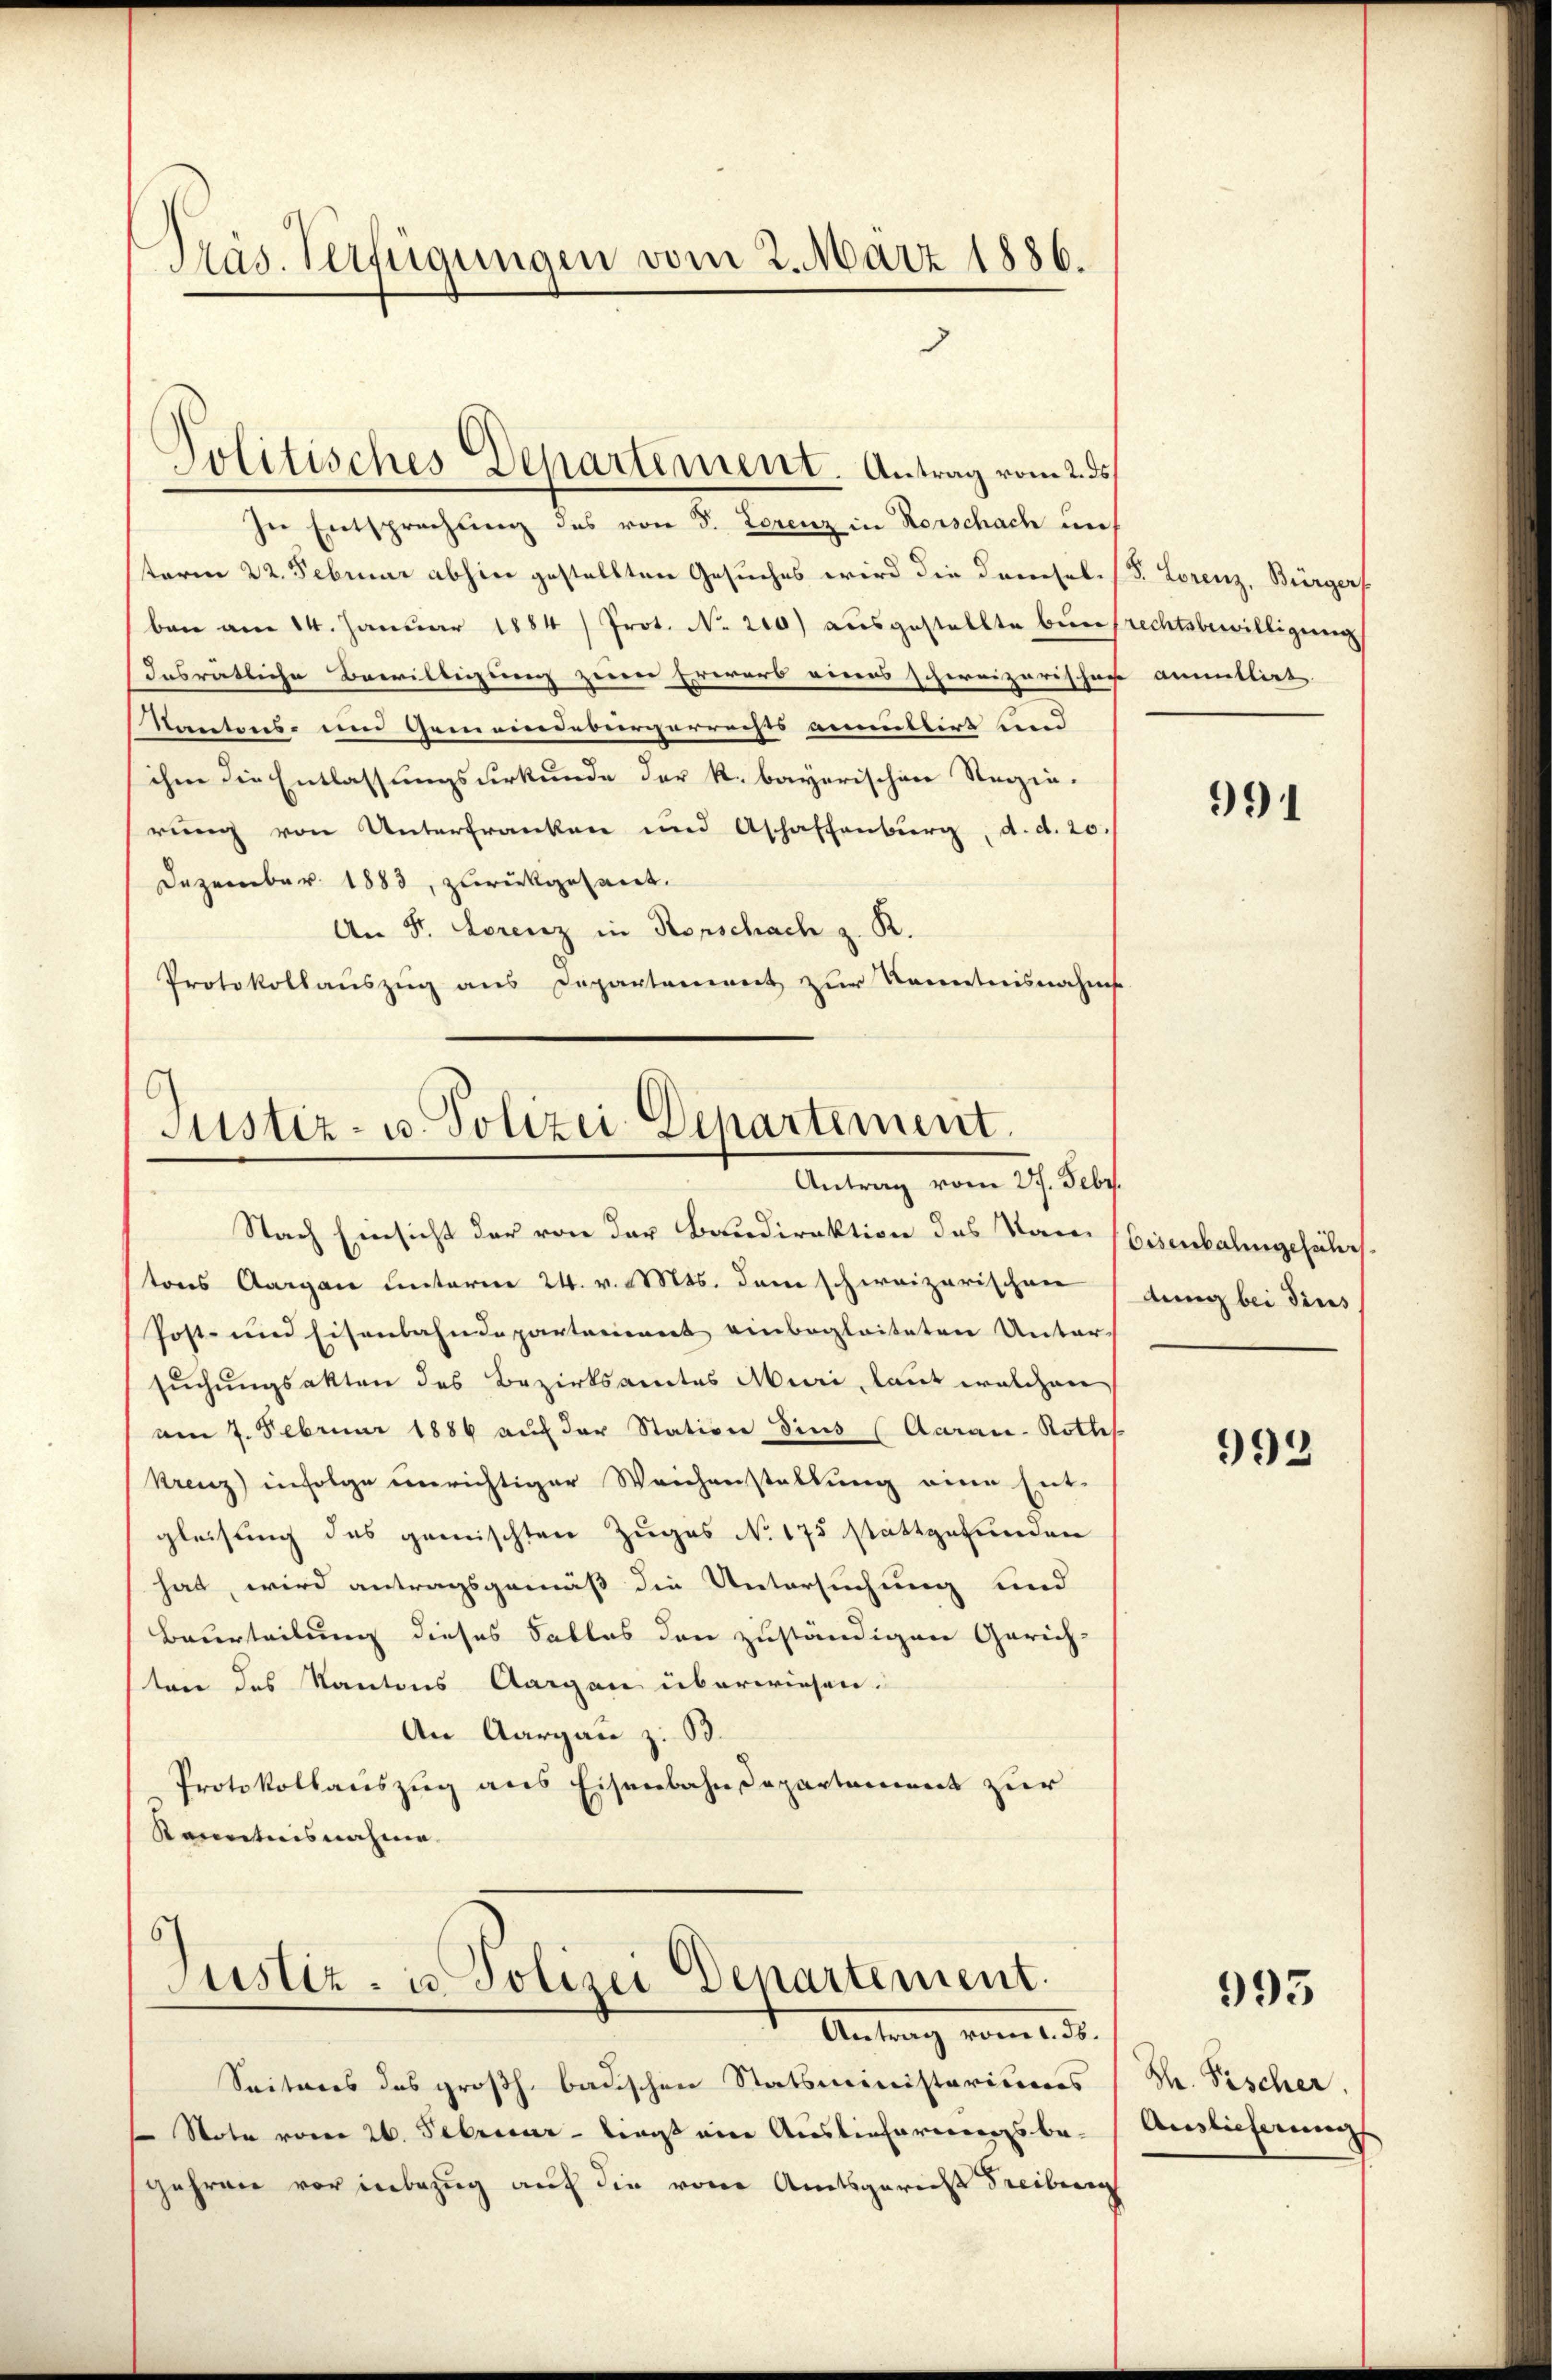
Präs. Verfügungen vom 2. März 1886.
3

In Entsprechung des von S. Lorenz in Rorschach un
sterm 22. Februar abhin gestellten Gesuches wird die Drehel.
ben am 14. Januar 1884/ Prot. No. 210) ausgestellte Bunsrechtsbewilligung
Insrätliche Bewilligung zeirer Erwerb eines schereizerischen
Kantons- und Gemeindebürgerrechts anmittirt und
ihm die Entlassungsurkunde der k. bayerischen Regie-
rung von Unterfranken und Aschaffenburg, d. d. 20.
Dezember 1883, zurückgesant.
An F. Lorenz in Rorschach z. R.
Protokollauszug aus Departement zur Kenntnisnahms

Politisches Departement. Antrag vom 2. ds.

Justiz- u. Polizei-Departement.
Antrag vom 27. Febr.

Nach Einsicht der von der Baudirektion des Namen (Eisenbalingesuches
tons Aargau unterm 24. v. Mts. dem schweizerischen (dung bei deres
Post- und Eisenbahndepartariiert einbegleiteten Unter-
suchungsakten des Bezirksamtes Muri, laut welchen
am 7. Februar 1886 auf der Station dies (Aarau-Rothes
Krenz infolge unrichtiger Weichenstellung eine Ent-
gleisung des gemischten Zuges No 175 stattgefunden
hat, wird antragsgemäß die Untersuchung und
Beurteilung dieses Falles den zuständigen Gerich-
ten des Kantons Aargau überwiesen.
An Aargau z. B.
Protokollauszug aus Eisenbahndepartement zur
Kanntnisnahme.
6
Justiz- u. Polizei Departement.
Antrag vom 2. d.
Seiteres das großh. badischen Statsministeriums
 Note vom 26. Februar - liegt ein Auslieferungsbe-
gehren vor inbezug auf die von Amtsgericht Freiburg

d. Lorenz, Bürgers.
anmillirt

991

993

993

Bh. Fischer.
Auslieferung